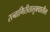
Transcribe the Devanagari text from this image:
रत्‍नागिरीतालुक्यातील